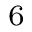
^ 6